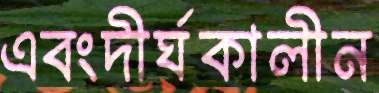
এবংদীর্ঘকালীন